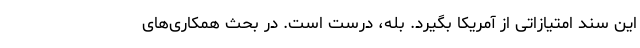
این سند امتیازاتی از آمریکا بگیرد. بله، درست است. در بحث همکاری‌های